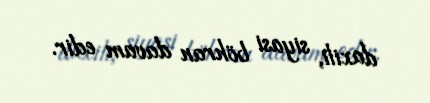
daxili, siyasi böhran davam edir.